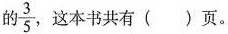
的 \frac{3}{5}，这本书共有( )页。